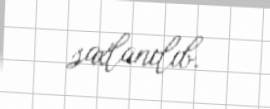
saxlanılıb.